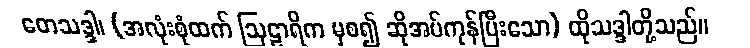
တေသဒ္ဒါ၊ (အလုံးစုံထက် ဩဠာရိက မှစ၍ ဆိုအပ်ကုန်ပြီးသော) ထိုသဒ္ဒါတို့သည်။